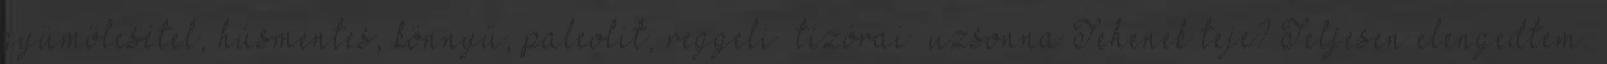
gyümölcsétel, húsmentes, könnyű, paleolit, reggeli tízórai uzsonna Tehenek teje? Teljesen elengedtem.